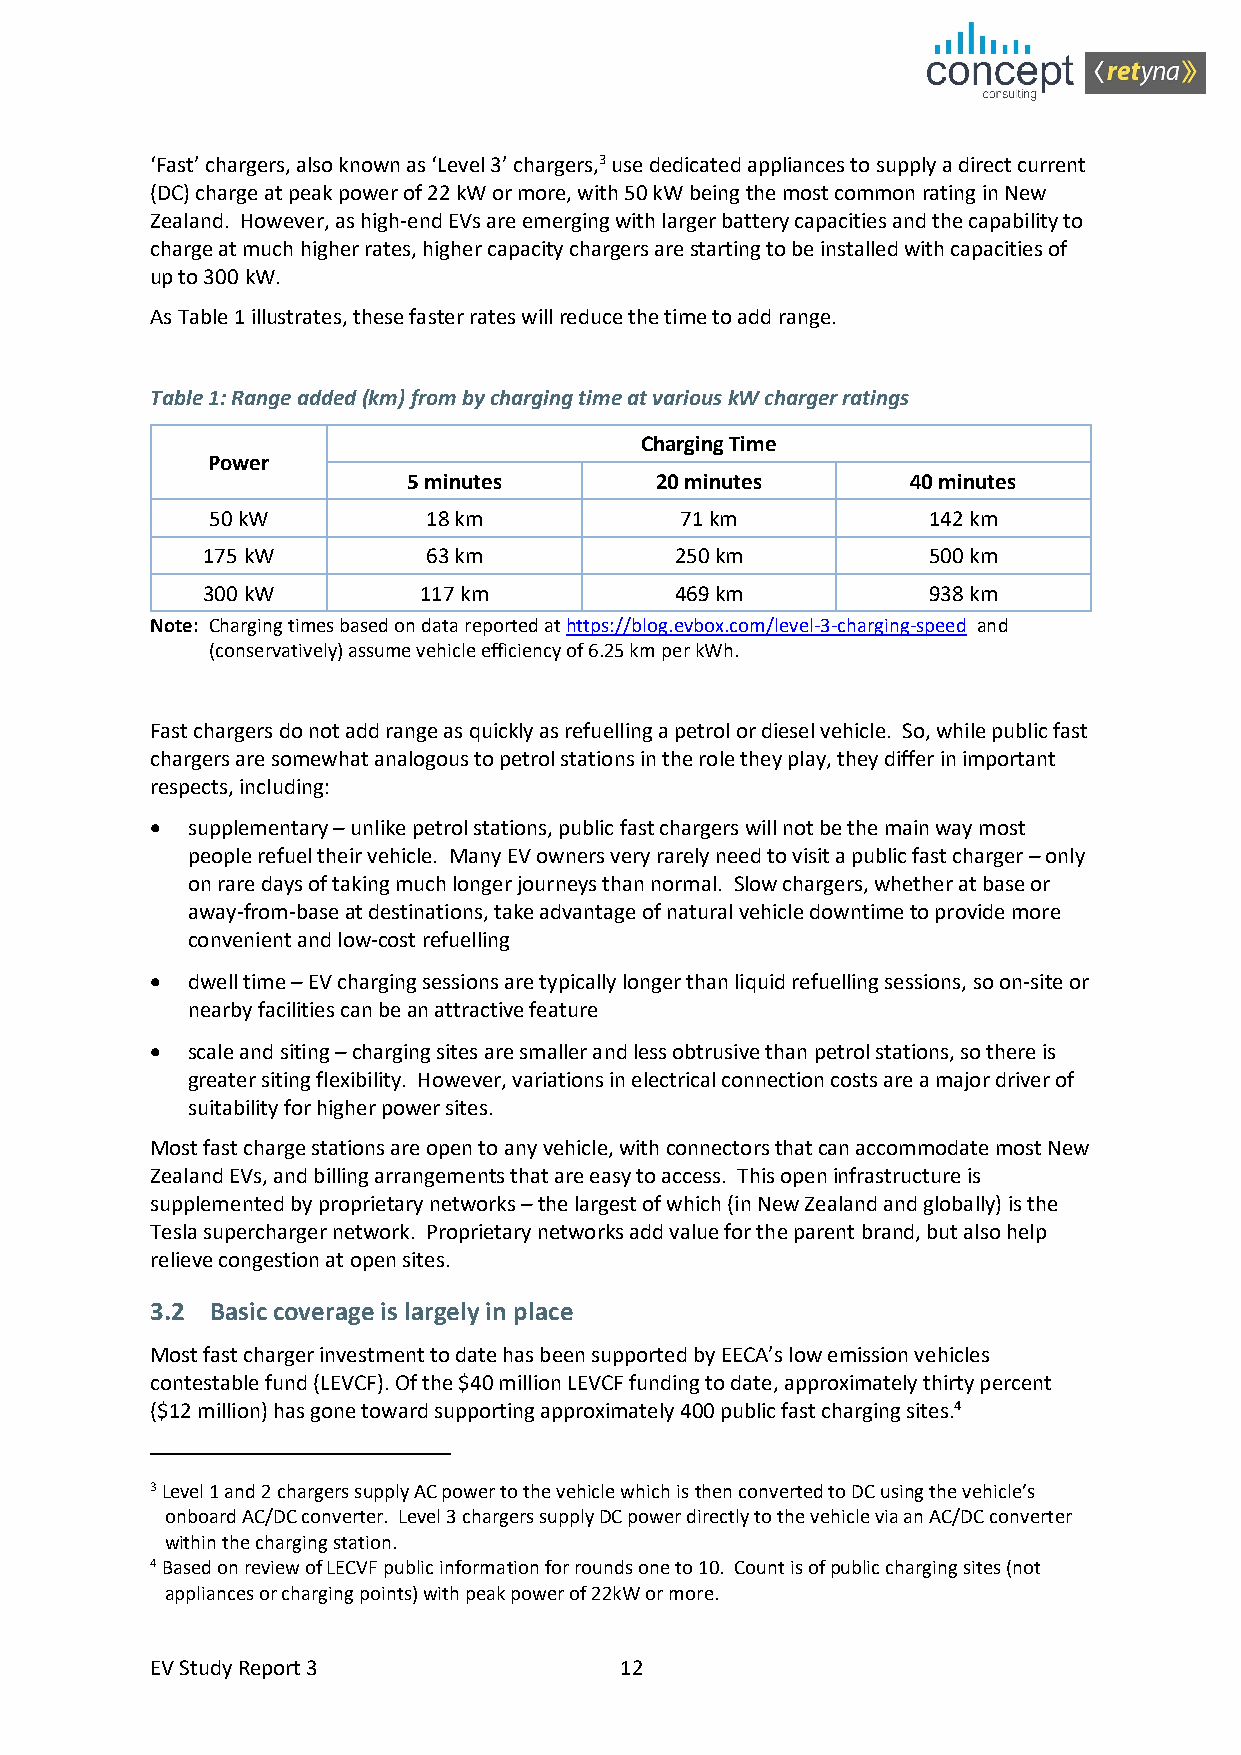
‘Fast’ chargers, also known as ‘Level 3’ chargers,3 use dedicated appliances to supply a direct current
 (DC) charge at peak power of 22 kW or more, with 50 kW being the most common rating in New
 Zealand. However, as high-end EVs are emerging with larger battery capacities and the capability to
 charge at much higher rates, higher capacity chargers are starting to be installed with capacities of
 up to 300 kW.
 As Table 1 illustrates, these faster rates will reduce the time to add range.
 Table 1: Range added (km) from by charging time at various kW charger ratings
 Charging Time
 Power
 5 minutes       20 minutes       40 minutes
 50 kW         18 km            71 km           142 km
 175 kW         63 km            250 km          500 km
 300 kW         117 km           469 km          938 km
 Note: Charging times based on data reported at https://blog.evbox.com/level-3-charging-speed and
 (conservatively) assume vehicle efficiency of 6.25 km per kWh.
 Fast chargers do not add range as quickly as refuelling a petrol or diesel vehicle. So, while public fast
 chargers are somewhat analogous to petrol stations in the role they play, they differ in important
 respects, including:
 • supplementary – unlike petrol stations, public fast chargers will not be the main way most
 people refuel their vehicle. Many EV owners very rarely need to visit a public fast charger – only
 on rare days of taking much longer journeys than normal. Slow chargers, whether at base or
 away-from-base at destinations, take advantage of natural vehicle downtime to provide more
 convenient and low-cost refuelling
 • dwell time – EV charging sessions are typically longer than liquid refuelling sessions, so on-site or
 nearby facilities can be an attractive feature
 • scale and siting – charging sites are smaller and less obtrusive than petrol stations, so there is
 greater siting flexibility. However, variations in electrical connection costs are a major driver of
 suitability for higher power sites.
 Most fast charge stations are open to any vehicle, with connectors that can accommodate most New
 Zealand EVs, and billing arrangements that are easy to access. This open infrastructure is
 supplemented by proprietary networks – the largest of which (in New Zealand and globally) is the
 Tesla supercharger network. Proprietary networks add value for the parent brand, but also help
 relieve congestion at open sites.
 3.2 Basic coverage is largely in place
 Most fast charger investment to date has been supported by EECA’s low emission vehicles
 contestable fund (LEVCF). Of the $40 million LEVCF funding to date, approximately thirty percent
 ($12 million) has gone toward supporting approximately 400 public fast charging sites.4
 3 Level 1 and 2 chargers supply AC power to the vehicle which is then converted to DC using the vehicle’s
 onboard AC/DC converter. Level 3 chargers supply DC power directly to the vehicle via an AC/DC converter
 within the charging station.
 4 Based on review of LECVF public information for rounds one to 10. Count is of public charging sites (not
 appliances or charging points) with peak power of 22kW or more.
 EV Study Report 3              12